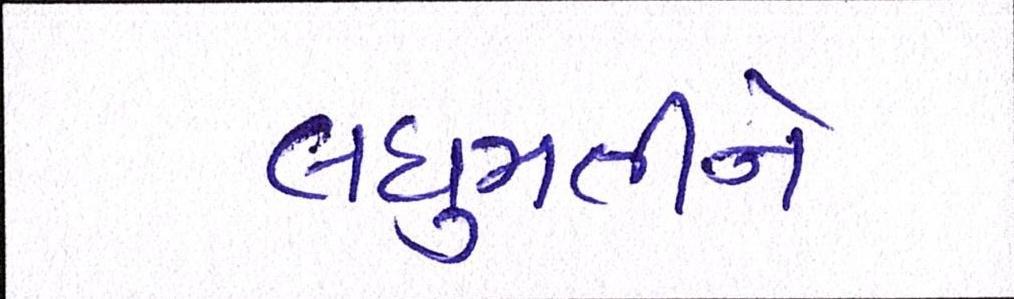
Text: લઘુમતીને